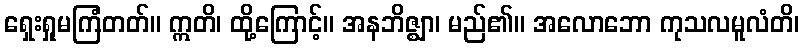
ရှေးရှုမကြံတတ်။ ဣတိ၊ ထို့ကြောင့်။ အနဘိဇ္ဈာ၊ မည်၏။ အလောဘော ကုသလမူလံတိ၊